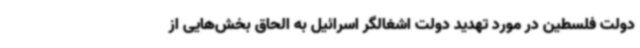
دولت فلسطین در مورد تهدید دولت اشغالگر اسرائیل به الحاق بخش‌هایی از